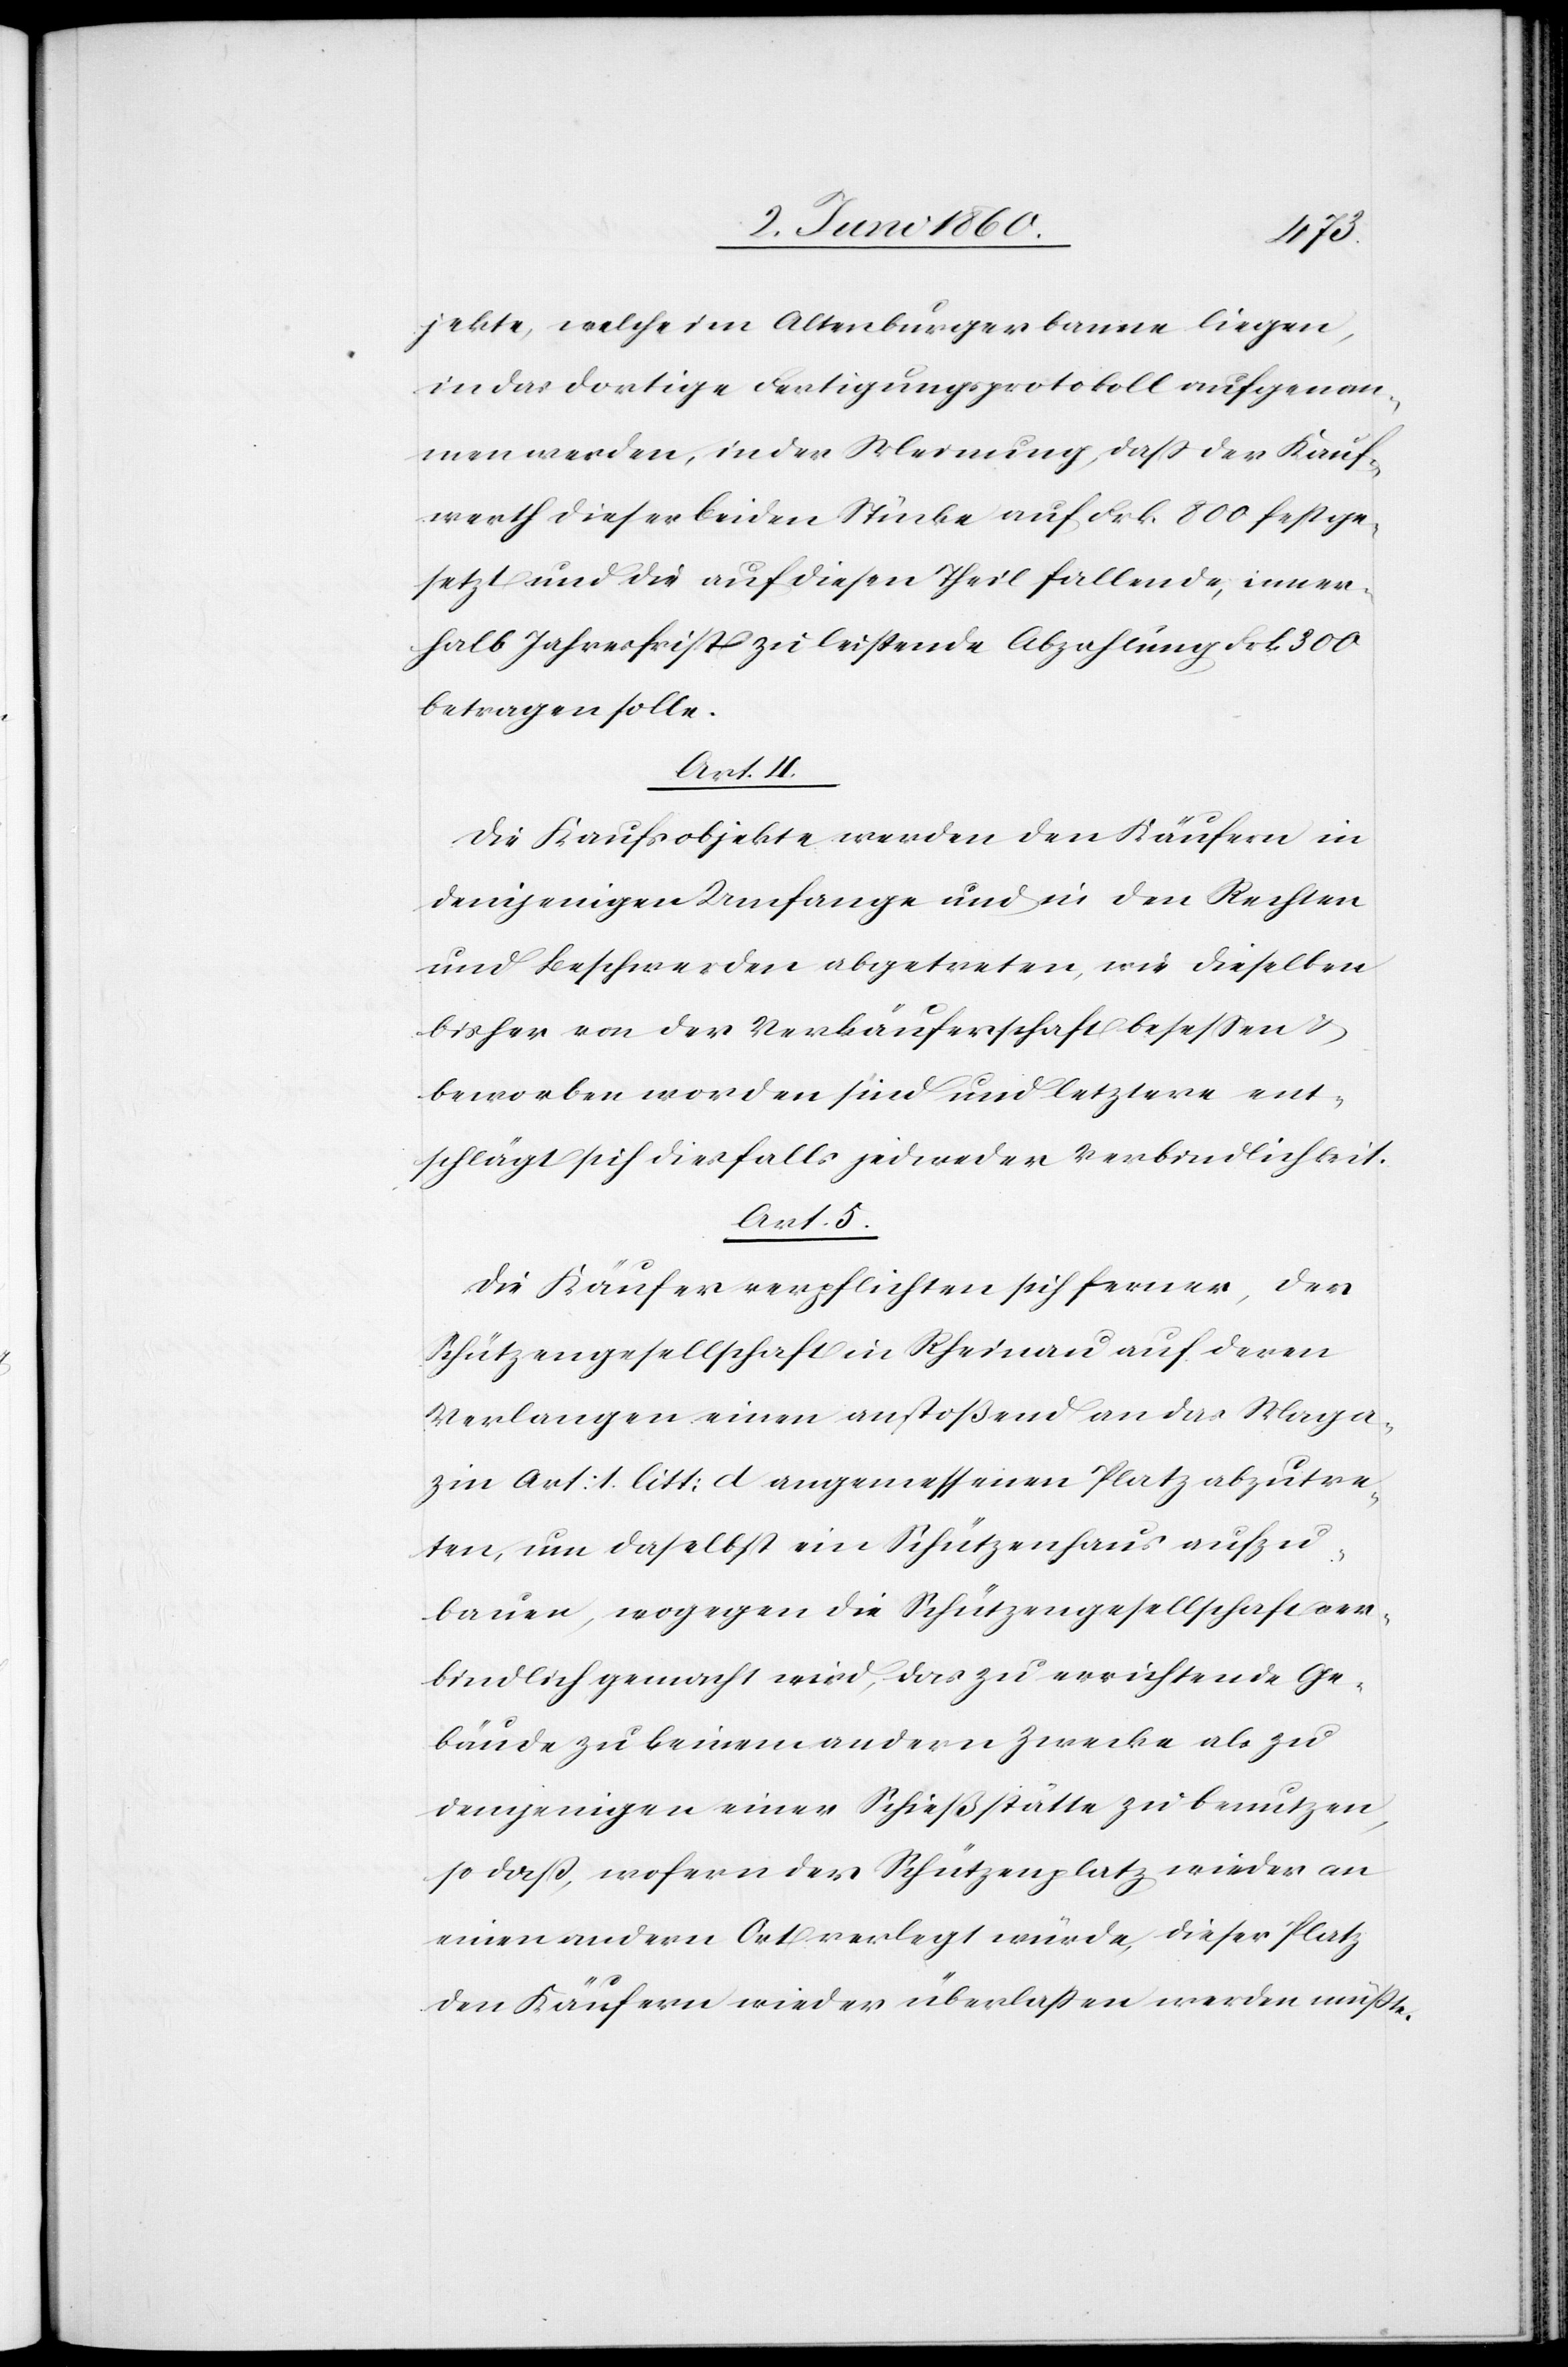
jekte, welche im Altenburgerbanne liegen,
in das dortige Fertigungsprotokoll aufgenom¬
men werden, in der Meinung, dass der Kauf¬
werth dieser beiden Stücke auf Frk. 800 festge¬
setzt und die auf diesen Theil fallende, inner¬
halb Jahresfrist zu leistende Abzahlung Frk. 300
betragen solle.
Art. 4.
Die Kaufsobjekte werden den Käufern in
demjenigen Umfange und in den Rechten
und Beschwerden abgetreten, wie dieselben
bisher von der Verkäuferschaft besessen u.
beworben worden sind und letztere ent¬
schlägt sich diesfalls jedweder Verbindlichkeit.
Art. 5.
Die Käufer verpflichten sich ferner, der
Schützengesellschaft in Rheinau auf deren
Verlangen einen anstoßend an das Maga¬
zin Art: 1 litt: d angemessen Platz abzutre¬
ten, um daselbst ein Schützenhaus aufzu¬
bauen, wogegen der Schützengesellschaft ver¬
bindlich gemacht wird, das zu errichtende Ge¬
bäude zu keinem andern Zwecke als zu
demjenigen einer Schießstätte zu benutzen,
so dass, wofern der Schützenplatz wieder an
einen andern Ort verlegt würde, dieser Platz
den Käufern wieder überlassen werden müsste.